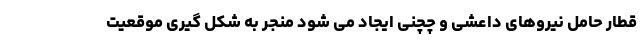
قطار حامل نیروهای داعشی و چچنی ایجاد می شود منجر به شکل گیری موقعیت